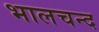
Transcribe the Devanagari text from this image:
भालचन्द